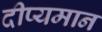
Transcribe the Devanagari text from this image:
दीप्यमान